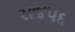
રાજપદ